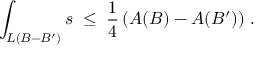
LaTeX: \int _ { L ( B - B ^ { \prime } ) } s \; \leq \; \frac { 1 } { 4 } \left( A ( B ) - A ( B ^ { \prime } ) \right) \, .